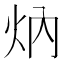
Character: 㶧